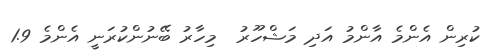
ކުރިން އެންމެ އާންމު އަދި މަޝްހޫރު  މިހާރު ބޭނުންކުރަނީ އެންމެ 1.9